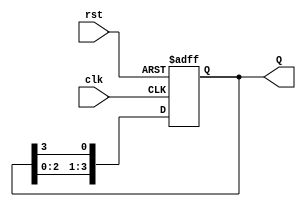
module ring_counter #(parameter N = 4) (
    input wire clk,          // Clock signal
    input wire rst,          // Asynchronous reset signal
    output reg [N-1:0] Q     // N-bit output representing the current state
);

// Internal signal to hold the next state
reg [N-1:0] next_state;

always @(posedge clk or posedge rst) begin
    if (rst) begin
        // Reset the counter to the initial state
        Q <= 1'b1; // Start with the first flip-flop set to '1'
    end else begin
        // Update the state of the ring counter
        Q <= next_state;
    end
end

always @(*) begin
    // Calculate the next state
    next_state = {Q[N-2:0], Q[N-1]}; // Shift left and wrap the last flip-flop
end

endmodule